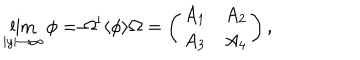
\lim _ { | y | \rightarrow \infty } \phi = \Omega ^ { \dagger } \langle \phi \rangle \Omega = \left( \begin{array} { c c } { { A _ { 1 } } } & { { A _ { 2 } } } \\ { { A _ { 3 } } } & { { A _ { 4 } } } \\ \end{array} \right) ,